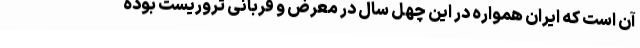
آن است که ایران همواره در این چهل سال در معرض و قربانی تروریست بوده